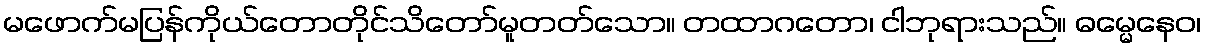
မဖောက်မပြန်ကိုယ်တောတိုင်သိတော်မူတတ်သော။ တထာဂတော၊ ငါဘုရားသည်။ ဓမ္မေနေဝ၊